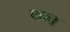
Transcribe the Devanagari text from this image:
छात्र्